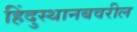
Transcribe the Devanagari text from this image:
हिंदुस्थानबवरील